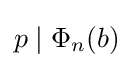
p\mid \Phi _{n}(b)